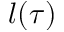
l ( \tau )